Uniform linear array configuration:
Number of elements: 8
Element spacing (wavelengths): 0.5
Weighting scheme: hann
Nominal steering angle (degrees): -15
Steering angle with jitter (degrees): -13.478
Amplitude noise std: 0.05
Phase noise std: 0.05

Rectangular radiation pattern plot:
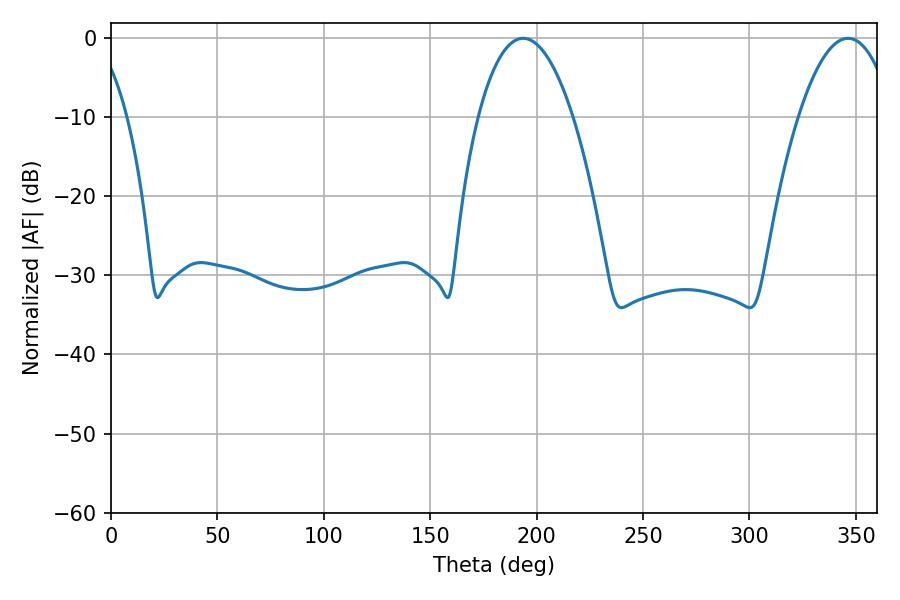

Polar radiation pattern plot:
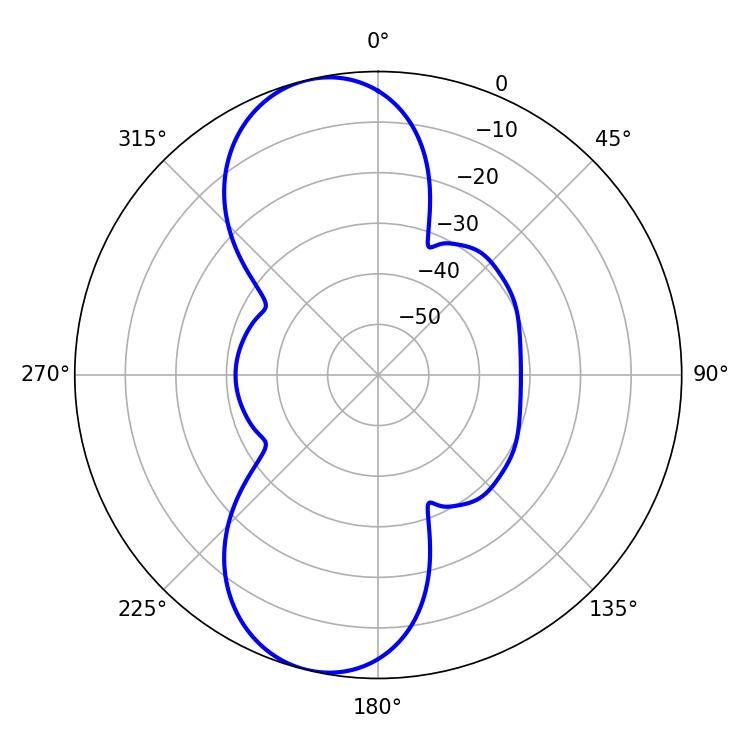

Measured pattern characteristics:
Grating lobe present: FALSE
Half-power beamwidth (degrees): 24.84
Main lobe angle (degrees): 193.68